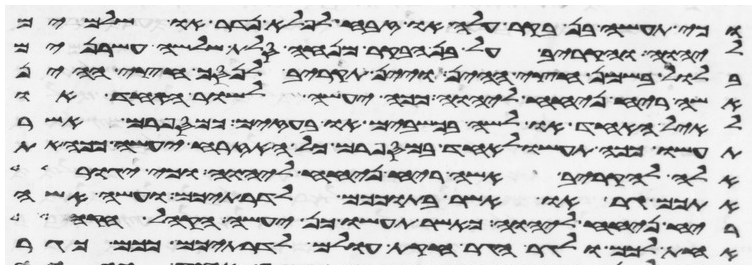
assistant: וכי תעשה בן בקר עלה או זבח לפלא נדר או שלמים
ליהוה והקריב על בן הבקר מנחה סלת שלשה עשרנים
בלול בשמן חצי ההין ויין תקריב לנסך חצי ההין
אשה ריח ניחח ליהוה ככה יעשה לשור האחד או
לאיל האחד או לשה בכשבים או בעזים כמספרם אשר
תעשו ככה תעשו לאחד במספרם כל האזרח יעשה ככה את
אלה להקריב אשה ריח ניחח ליהוה וכי יגור
אתכם גר או אשר בתוככם לדרתיכם ועשה אשה
ריח ניחח ליהוה כאשר תעשו כן יעשה הקהל חקה
אחת לכם ולגר הגר חקת עולם לדרתיכם ככם כגר